Sanitation, dispensaries and jails vaccination Rajputana 1922-1927 - 1922-1927
Year: 1922
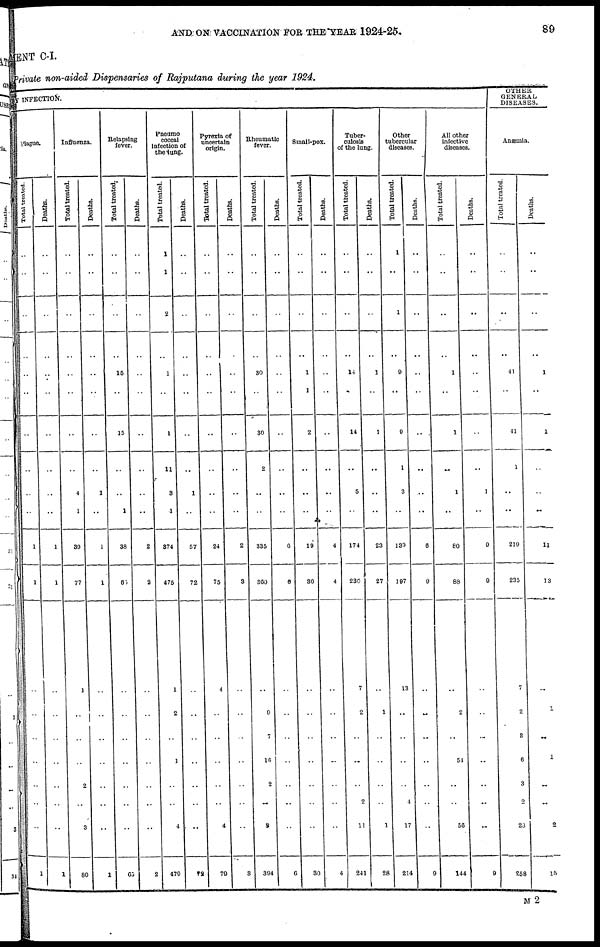
AND ON VACCINATION FOR THE YEAR 1924-25
89
MENT C-I.
Private non-aided Dispensaries of Rajputana during the year 1924.
BY INFECTION.
Plague.
Total treated.
..
..
..
..
..
..
..
..
..
..
1
1
..
..
..
..
..
..
..
1
Deaths.
..
..
..
..
..
..
..
..
..
..
1
1
..
..
..
..
..
..
..
1
Influenza.
Total treated.
..
..
..
..
..
..
..
..
4
1
39
77
1
..
..
..
2
..
3
80
Deaths.
..
..
..
..
..
..
..
..
1
..
1
1
..
..
..
..
..
..
..
1
Relapsing
fever.
Total treated.
..
..
..
..
15
..
15
..
..
1
38
60
..
..
..
..
..
..
..
65
Deaths.
..
..
..
..
..
..
..
..
..
..
2
2
..
..
..
..
..
..
..
2
Pneamo
coccal
infection of
the lung.
Total treated.
1
1
2
..
1
..
1
11
3
1
874
475
1
2
..
1
..
..
4
479
Deaths.
..
..
..
..
..
..
..
..
1
..
57
72
..
..
..
..
..
..
..
72
Pyrexia of
uncertain
origin.
Total treated.
..
..
..
..
..
..
..
..
..
..
24
75
4
..
..
..
..
..
4
79
Deaths.
..
..
..
..
..
..
..
..
..
..
2
3
..
..
..
..
..
..
..
3
Rheumatic
fever.
Total treated.
..
..
..
..
30
..
30
2
..
..
335
360
..
9
7
16
2
..
3
394
Deaths.
..
..
..
..
..
..
..
..
..
..
6
6
..
..
..
..
..
..
..
6
Small-pox.
Total treated.
..
..
..
..
1
1
2
..
..
..
19
30
..
..
..
..
..
..
..
30
Deaths.
..
..
..
..
..
..
..
..
..
..
4
4
..
..
..
..
..
..
..
4
Tuber-
culosis
of the lung.
Total treated.
..
..
..
..
14
..
14
..
5
..
174
230
7
2
..
..
..
2
11
241
Deaths.
..
..
..
..
1
..
1
..
..
..
23
27
..
1
..
..
..
..
1
28
Other
tubercular
diseases.
Total treated.
1
..
1
..
9
..
9
1
3
..
139
197
13
..
..
..
..
4
17
214
Deaths.
..
..
..
..
..
..
..
..
..
..
6
9
..
..
..
..
..
..
..
9
All other
infective
diseases.
Total treated.
..
..
..
..
1
..
1
..
1
..
80
88
..
2
..
54
..
..
56
144
Deaths.
..
..
..
..
..
..
..
..
1
..
9
9
..
..
..
..
..
..
..
9
GENERAL
DISEASES.
Anæemia.
Total treated.
..
..
..
..
41
..
41
1
..
..
219
235
7
2
3
6
3
2
23
258
Deaths.
..
..
..
..
1
..
1
..
..
..
11
13
..
1
..
1
..
..
2
15
M 2